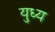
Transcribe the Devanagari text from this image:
युध्य